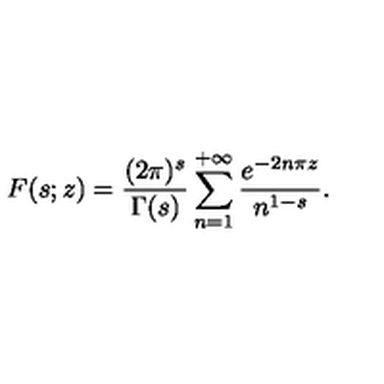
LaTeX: F ( s ; z ) = \frac { ( 2 \pi ) ^ { s } } { \Gamma ( s ) } \sum _ { n = 1 } ^ { + \infty } \frac { e ^ { - 2 n \pi z } } { n ^ { 1 - s } } .